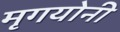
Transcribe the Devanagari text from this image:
मृगयोनी